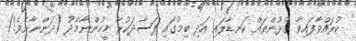
ކުރައްވާފައިވާ ގުޅުންތައް ކަނޑާލައި އަދި ބިމުގައި ފަސާދަކުރާ މީހުންނާމެދު (ދަންނާށެވެ!)